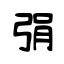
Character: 弲